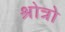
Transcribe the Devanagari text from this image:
श्रोत्रो